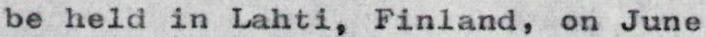
be held in Lahti, Finland, on June